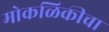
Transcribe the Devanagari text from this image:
मोकळिकीचा